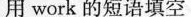
用 work 的短语填空